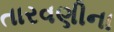
તારવણીના